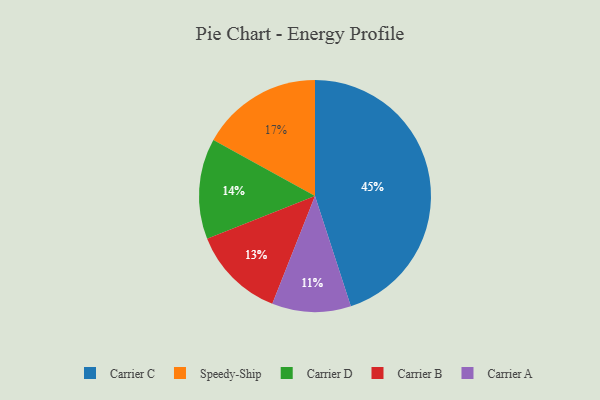
{"axis": {"x": "Category", "y": "Percentage"}, "legend": ["Carrier A", "Carrier B", "Carrier C", "Carrier D", "Speedy-Ship"], "data": [{"x": "Speedy-Ship", "y": 17, "type": "Speedy-Ship"}, {"x": "Carrier C", "y": 45, "type": "Carrier C"}, {"x": "Carrier B", "y": 13, "type": "Carrier B"}, {"x": "Carrier D", "y": 14, "type": "Carrier D"}, {"x": "Carrier A", "y": 11, "type": "Carrier A"}]}